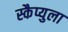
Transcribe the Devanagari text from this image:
स्कैप्युला